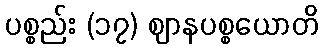
ပစ္စည်း (၁၇) ဈာနပစ္စယောတိ